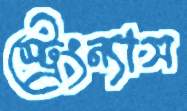
স্ট্রেংন্যাস